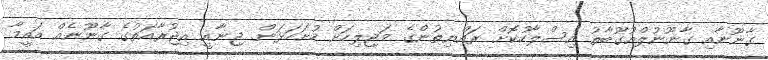
ގާނޫނާއި ގާނޫނުލްއުގޫބާތު އިސްލާހުކޮށް ރައްޔިތުންގެ މަޖިލިހަށް ހުށަހަޅަން. ޖިނާއީ އިޖުރާއަތުގެ ގާނޫނެއް އައީމާ